65_HS1-834228961_62-HQ-83894_Section_1
Agency: FBI
Page 21
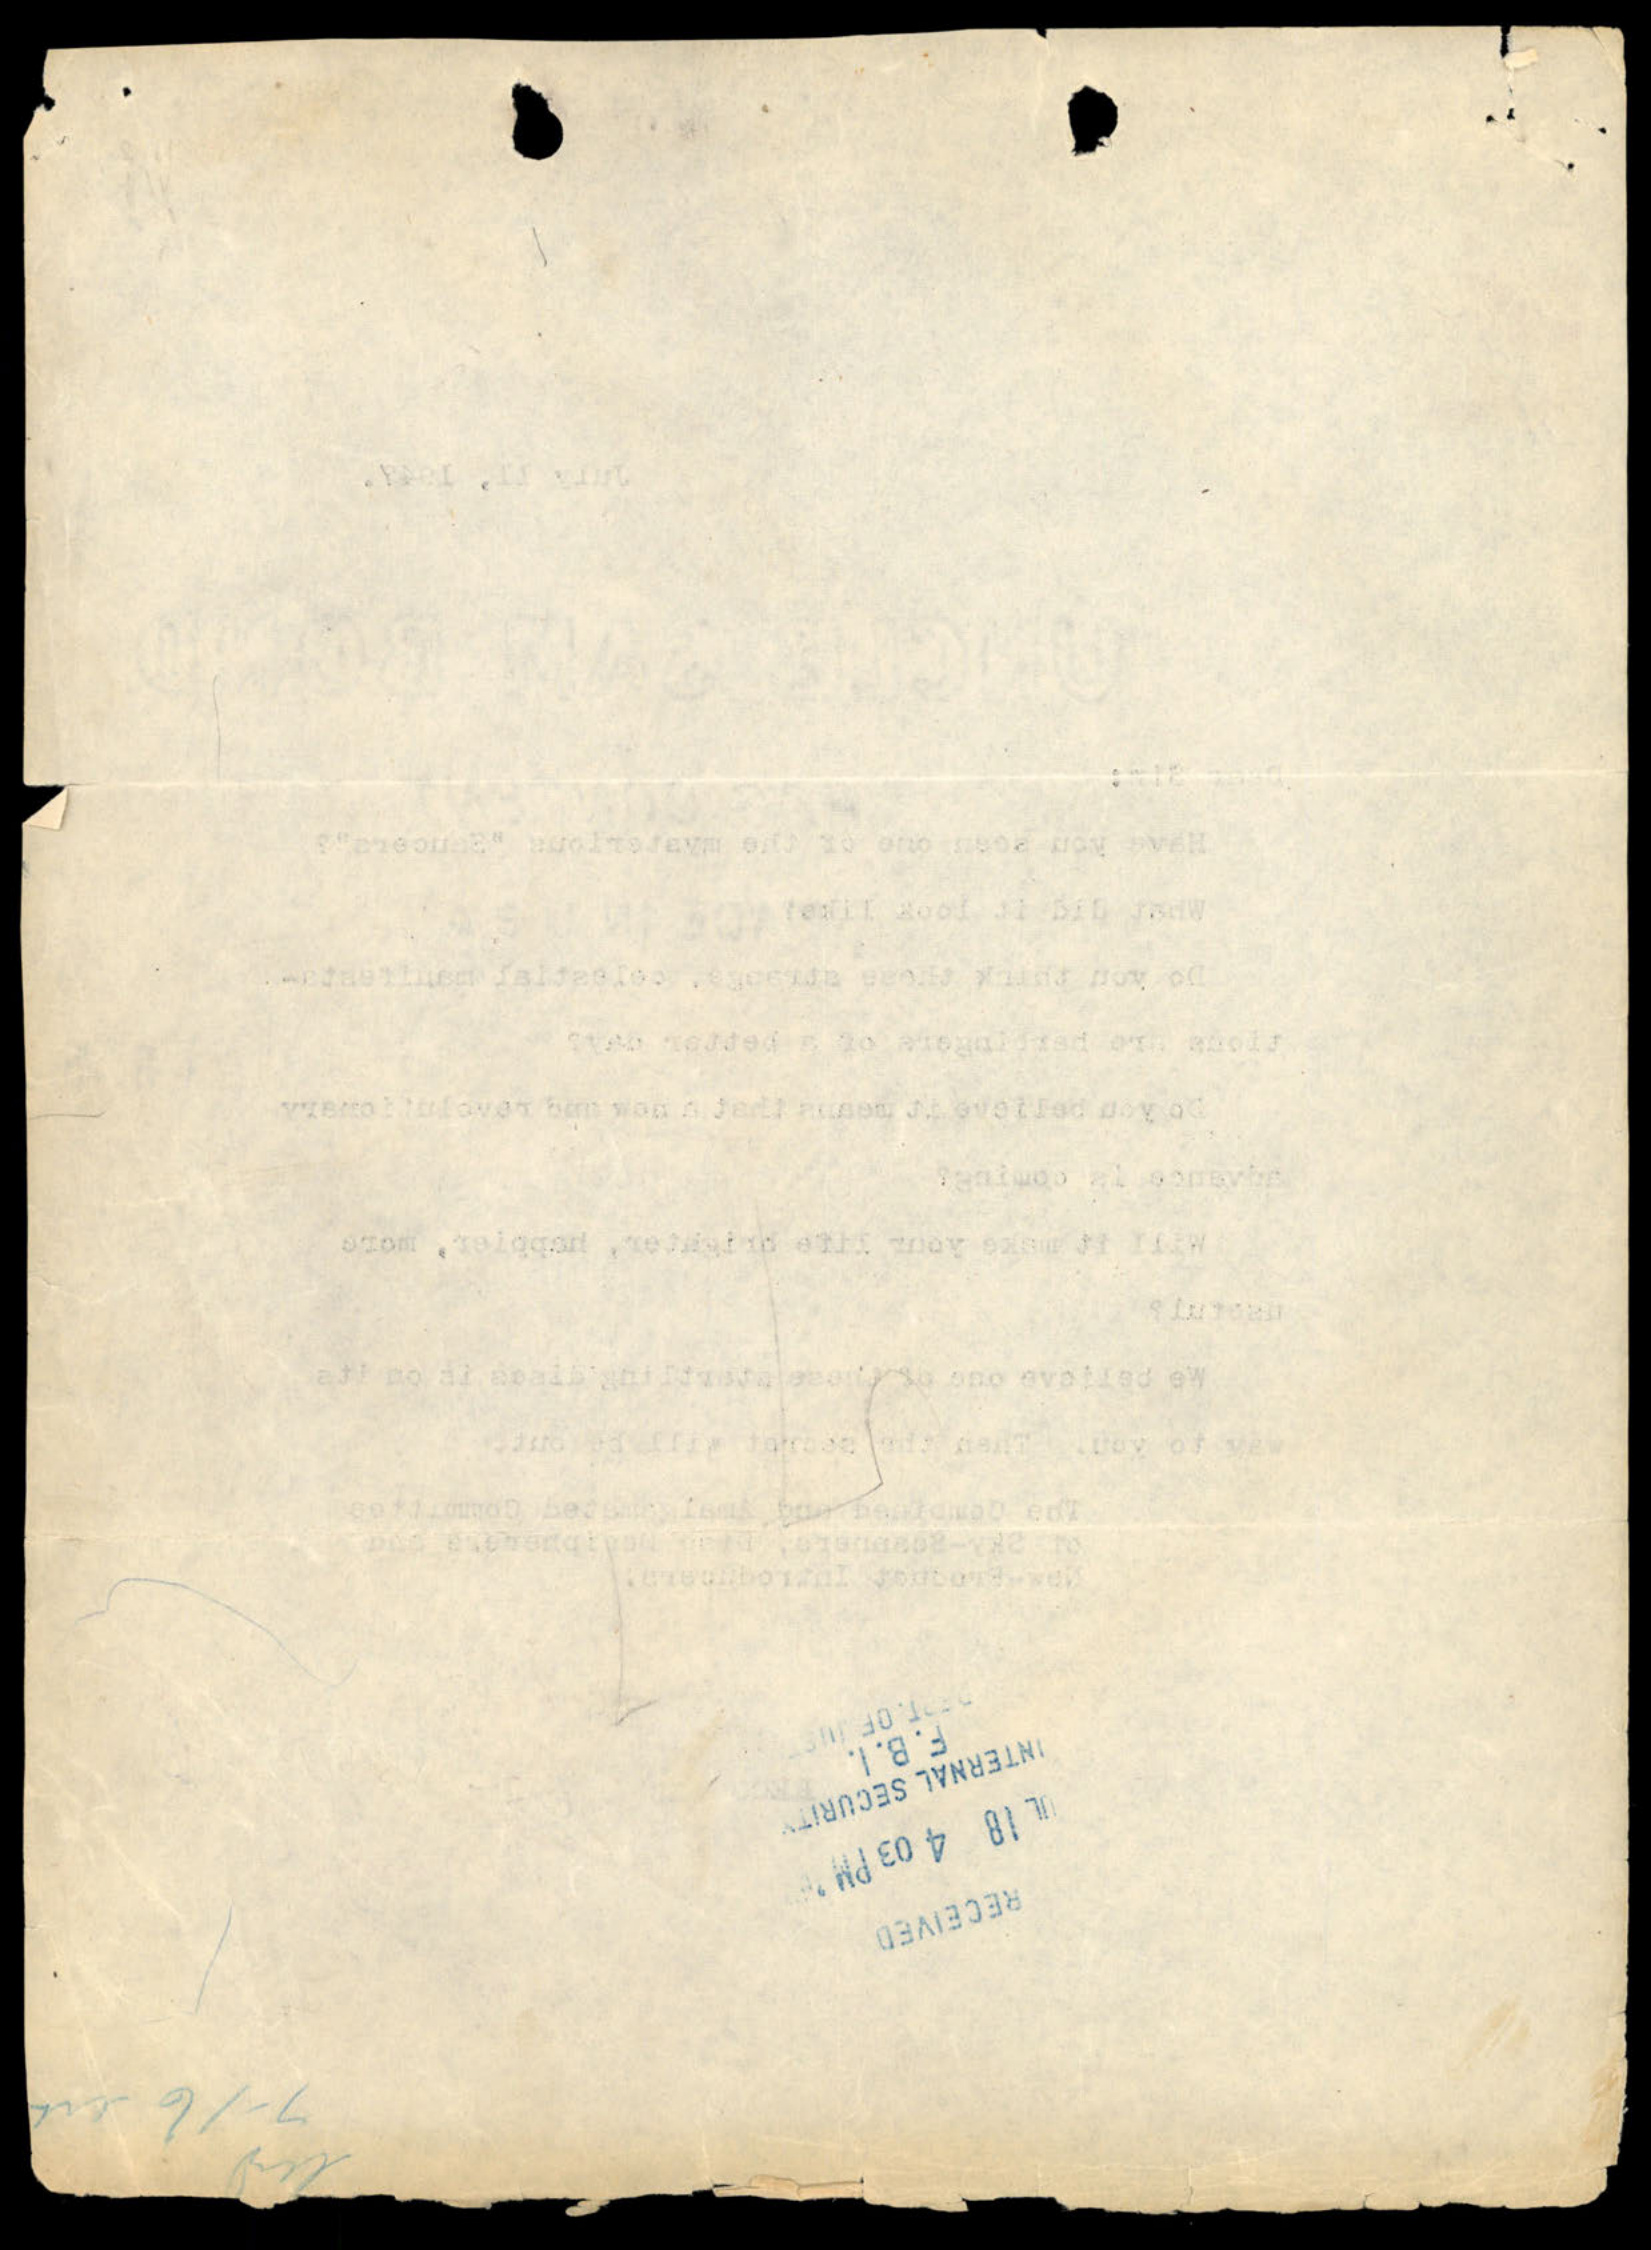